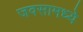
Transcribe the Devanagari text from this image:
जवसामध्ये